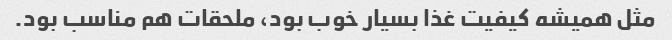
مثل همیشه کیفیت غذا بسیار خوب بود، ملحقات هم مناسب بود.